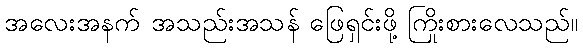
အလေးအနက် အသည်းအသန် ဖြေရှင်းဖို့ ကြိုးစားလေသည်။